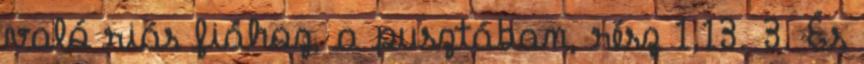
való riás fiához, a pusztában, rész 1,13. 3. És